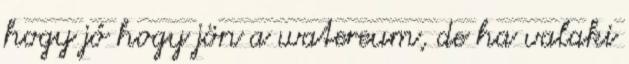
hogy jó hogy jön a watereum, de ha valaki